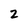
Character: 2